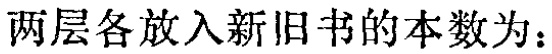
两层各放入新旧书的本数为：